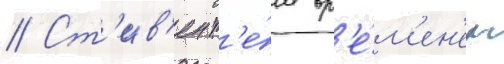
// Ст'ив'ен т'е́м вр'е́м'ен'ем